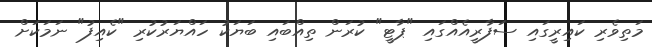
މަތިވެރި ކައިރީގައި ސަފާރީއެއްގައި "ޕާޓީ" ކުރަން ތިއްބައި ބަޔަކު ހައްޔަރުކުރި "ކެއިފު" ނަމަކަށް